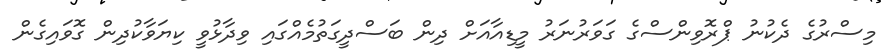
މިސްރުގެ ދެކުނު ޕްރޮވިންސްގެ ގަވަރުނަރު މީޑިއާއަށް ދިން ބަސްދީގަތުމެއްގައި ވިދާޅުވީ ކިޔަވާކުދިން ގޮވައިގެން